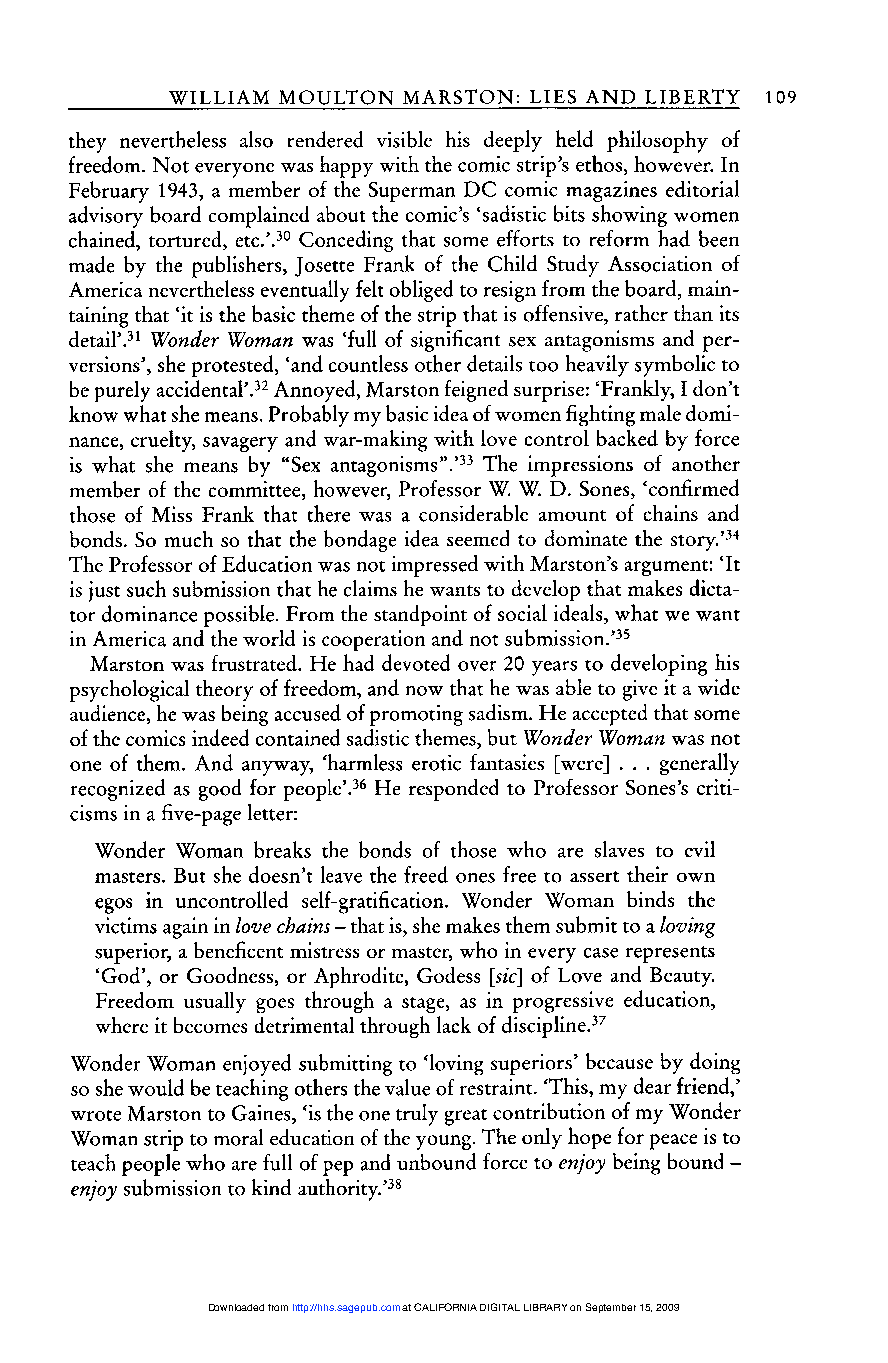
109
 they nevertheless also rendered visible his deeply held philosophy of
 freedom. Not everyone was happy with the comic strip’s ethos, however. In
 February 1943, a member of the Superman DC comic magazines editorial
 advisory board complained about the comic’s ’sadistic bits showing women
 chained, tortured, etc.’.10 Conceding that some efforts to reform had been
 made by the publishers, Josette Frank of the Child Study Association of
 America nevertheless eventually felt obliged to resign from the board, main-
 taining that ’it is the basic theme of the strip that is offensive, rather than its
 detail’.31 Wonder Woman was ’full of significant sex antagonisms and per-
 versions’, she protested, ’and countless other details too heavily symbolic to
 be purely accidental’.32 Annoyed, Marston feigned surprise: ’Frankly, I don’t
 know what she means. Probably my basic idea of women fighting male domi-
 nance, cruelty, savagery and war-making with love control backed by force
 is what she means by &dquo;Sex antagonisms&dquo;.’33 The impressions of another
 member of the committee, however, Professor W. W. D. Sones, ’confirmed
 those of Miss Frank that there was a considerable amount of chains and
 bonds. So much so that the bondage idea seemed to dominate the story.’34
 The Professor of Education was not impressed with Marston’s argument: ’It
 is just such submission that he claims he wants to develop that makes dicta-
 tor dominance possible. From the standpoint of social ideals, what we want
 in America and the world is cooperation and not submission.’35
 Marston was frustrated. He had devoted over 20 years to developing his
 psychological theory of freedom, and now that he was able to give it a wide
 audience, he was being accused of promoting sadism. He accepted that some
 of the comics indeed contained sadistic themes, but Wonder Woman was not
 one of them. And anyway, ’harmless erotic fantasies [were] ... generally
 recognized as good for people’.36 He responded to Professor Sones’s criti-
 cisms in a five-page letter:
 Wonder Woman breaks the bonds of those who are slaves to evil
 masters. But she doesn’t leave the freed ones free to assert their own
 egos in uncontrolled self-gratification. Wonder Woman binds the
 victims again in love chains - that is, she makes them submit to a loving
 superior, a beneficent mistress or master, who in every case represents
 ’God’, or Goodness, or Aphrodite, Godess [sic] of Love and Beauty.
 Freedom usually goes through a stage, as in progressive education,
 where it becomes detrimental through lack of discipline. 37
 Wonder Woman enjoyed submitting to ’loving superiors’ because by doing
 so she would be teaching others the value of restraint. ’This, my dear friend,’
 wrote Marston to Gaines, ’is the one truly great contribution of my Wonder
 Woman strip to moral education of the young. The only hope for peace is to
 teach people who are full of pep and unbound force to enjoy being bound -
 enjoy submission to kind authority,.’38
 Downloaded from http://hhs.sagepub.com at CALIFORNIA DIGITAL LIBRARY on September 15, 2009